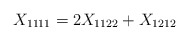
\begin{align*}X_{1111} = 2 X_{1122} + X_{1212} \end{align*}